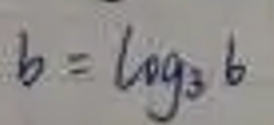
\[b = \log_3 6\]